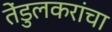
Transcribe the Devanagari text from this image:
तेंडुलकरांचा